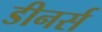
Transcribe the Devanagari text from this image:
डीनर्स